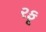
રફૂ